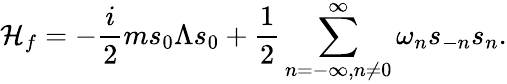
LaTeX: {\cal H}_{f}=-{\frac{i}{2}}ms_{0}\Lambda s_{0}+{\frac{1}{2}}\sum_{n=-\infty,n\neq 0}^{\infty}\omega_{n}s_{-n}s_{n}.